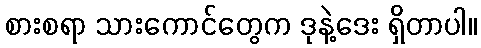
စားစရာ သားကောင်တွေက ဒုနဲ့ဒေး ရှိတာပါ။